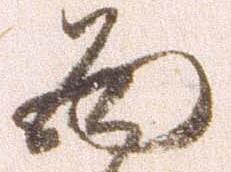
面